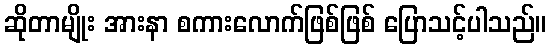
ဆိုတာမျိုး အားနာ စကားလောက်ဖြစ်ဖြစ် ပြောသင့်ပါသည်။